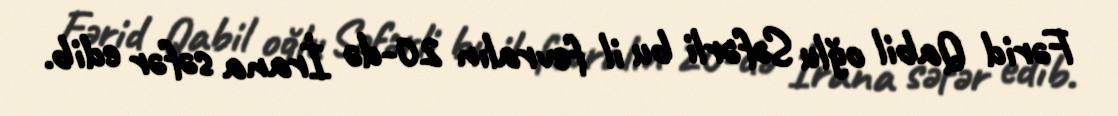
Fərid Qabil oğlu Səfərli bu il fevralın 20-də İrana səfər edib.